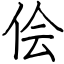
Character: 侩